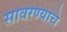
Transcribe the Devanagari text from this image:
सावरण्याचे